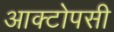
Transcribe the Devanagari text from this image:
आक्टोपसी